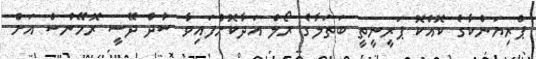
ޕްރިޔަންކާގެ ކޮއްކޮ ޕަރީނީތީ ބަތަލާގެ ރޯލް އަދާކޮށްފައިވާ ސުދް ދޭސީ ރޮމޭންސް އަށް